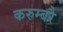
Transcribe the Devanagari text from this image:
करुम्बरै